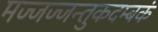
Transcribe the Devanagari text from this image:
मज्जज्जन्तुकदम्बकं